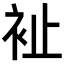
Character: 𧘲